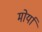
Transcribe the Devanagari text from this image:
मोर्या